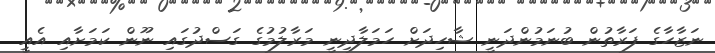
ނަޒާހާގެ ފަރާތުން ބުނަމުންދަނީ ޝާހިދަށް ހަމަލާދިނީ މަރާލުމުގެ ގަސްދުގައި ނޫން ކަމަށާއި އެއީ